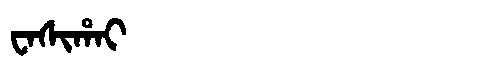
Manchu: ᠸᠠᠰᡳᡥᠠᡳ
Romanization: WASIHAI